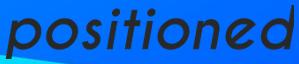
positioned